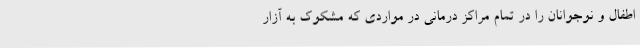
اطفال و نوجوانان را در تمام مراکز درمانی در مواردی که مشکوک به آزار